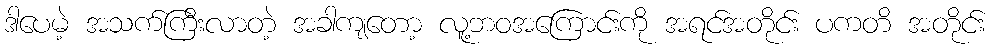
ဒါပေမဲ့ အသက်ကြီးလာတဲ့ အခါကျတော့ လူ့ဘဝအကြောင်းကို အရင်အတိုင်း ပကတိ အတိုင်း